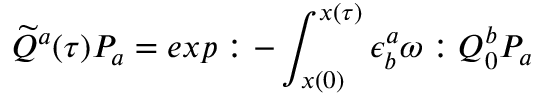
\widetilde Q ^ { a } ( \tau ) P _ { a } = e x p : - \int _ { x ( 0 ) } ^ { x ( \tau ) } \epsilon _ { b } ^ { a } \omega : Q _ { 0 } ^ { b } P _ { a }